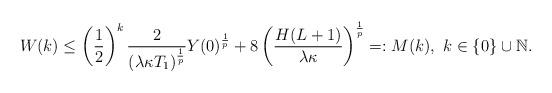
LaTeX: \begin{align*}W(k)\leq \left(\frac{1}{2}\right)^k\frac{2}{(\lambda\kappa T_1)^\frac{1}{p}}Y(0)^\frac{1}{p}+8\left(\frac{H(L+1)}{\lambda\kappa}\right)^\frac{1}{p}=:M(k),\ k\in\{0\}\cup\mathbb{N}.\end{align*}